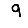
Digit: 9